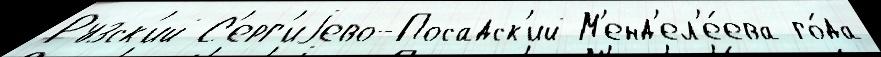
Рузск'ий С'ерг'иjево-Посадск'ий М'енд'ел'е́ева го́да